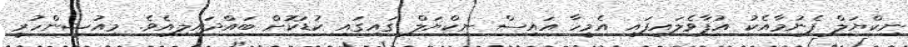
ނިކްޔަލް ފެނުމާއެކު އުފާވެލައިފައި އެމީހާ އައިސް ނިކްޔަލް ގައިގައި ކުޑަކޮށް ބައްދައިލިއެވެ. މިއުޝީންހުރީ